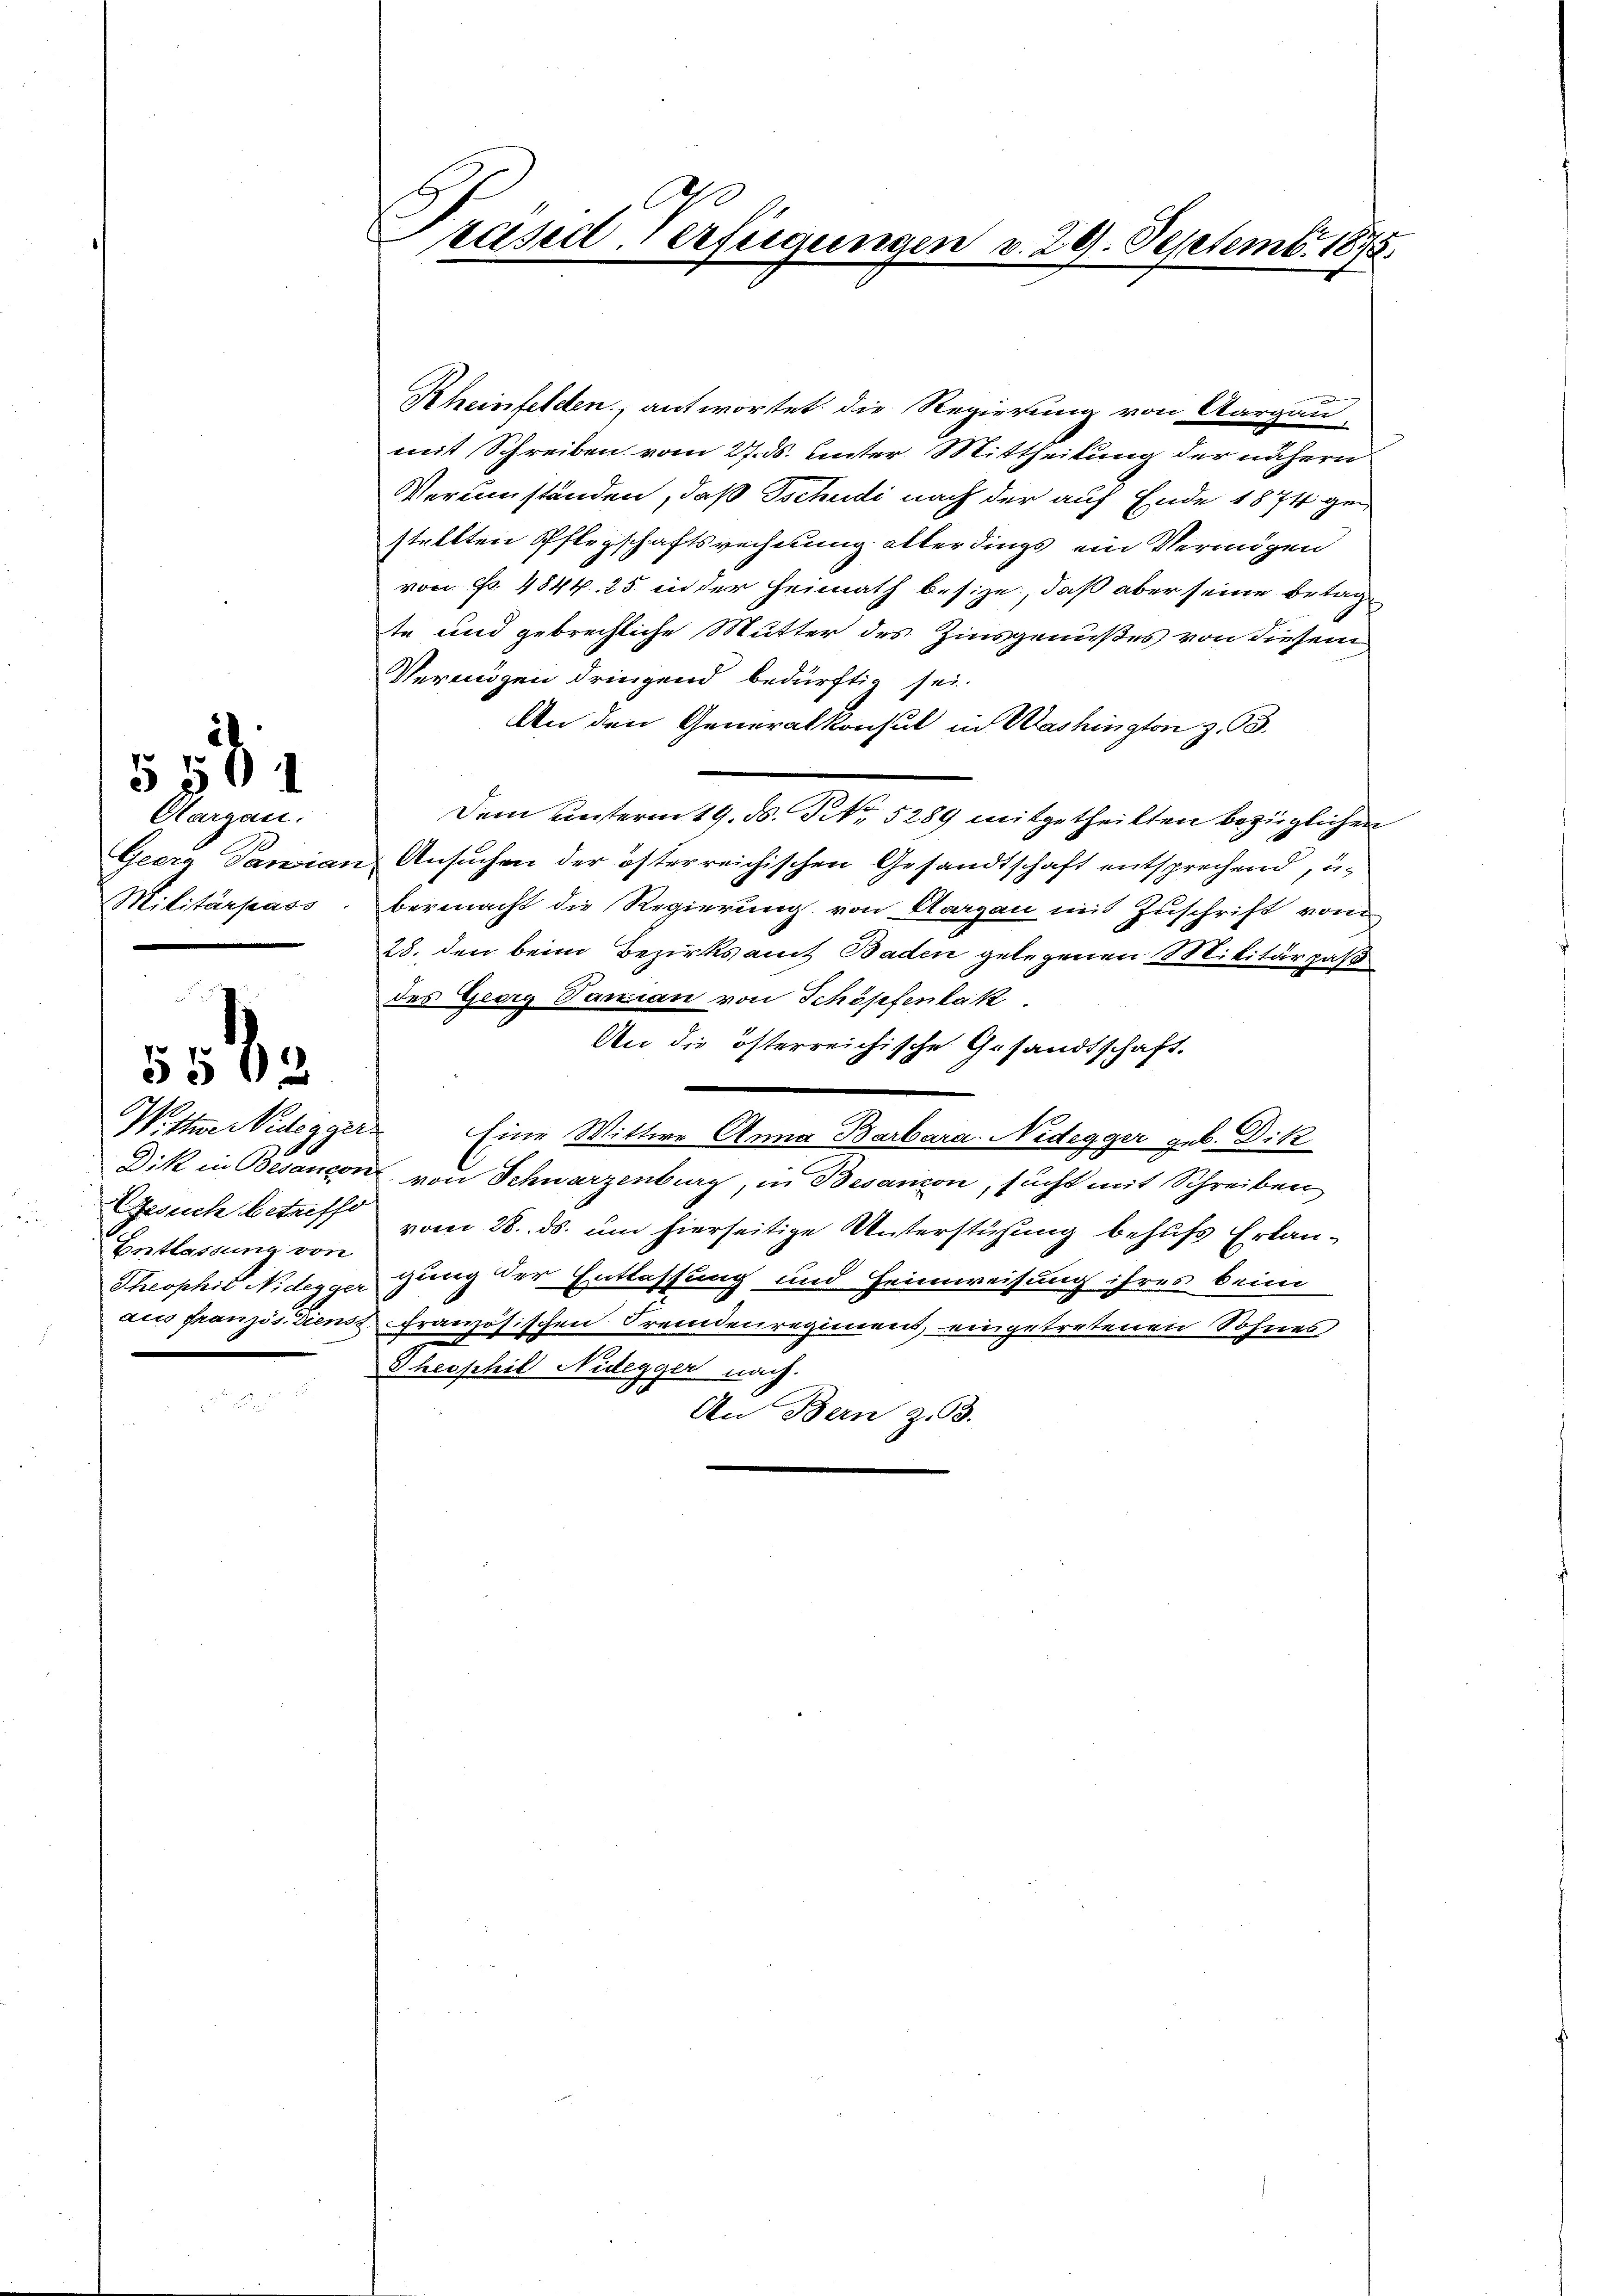
Olargau.
Georg Vaniar
Militärpass

§ 501

5502

Entlassung von
5

Präsid. Verfügungen v. 29. Septemb. 1875.

,
Rheinfelden, antwortet die Regierung von Aargau,
mit Schreiben vom 27. ds. unter Mittheilung der nähern
Verinstanden, daß Tschudi nach der auf Ende 1874 gestellten Pflegschaftsrechnung allerdings ein Vermögen
von Fr. 4844. 25 in der Heimath besize, daß aber seine betage
te und gebrechliche Mutter des Zinsgenußes von diesem
Vereigen dringend bedürftig sei.
An den Generalkonsul in Washington z. 93.
Dem unterm 19. ds. No. 5289 mitgetheilten bezüglichen
 Ansuchen der österreichischen Gesandtschaft entsprechend, u.
bermacht die Regierung von Aargau mit Zuschrift vom
28. den beim Bezirksamt Baden gelegenen Militärpaß
des Georg Varian von Schöpfenbak
An die österreichische Gesandtschaft.
W.Itner Videgger Eine Wittwe Anna Barbara Nedegger geb. Dik
Dik in Besancen von Schwarzenburg, in Besandon, sucht mit Schreiben
Gesuch betreff vom 28. ds. um hierseitige Unterstüzung behufs Erlau¬
Theophit Nideggergung der Entlassung und Heimweisung ihres beim
aus französdiens französischen Fremdenregiment, eingetretenen Sohnes
Theophil Nidegger nach.
An Bern z. B.